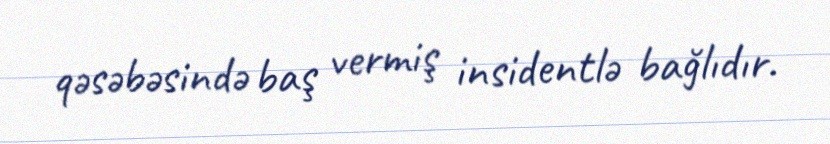
qəsəbəsində baş vermiş insidentlə bağlıdır.